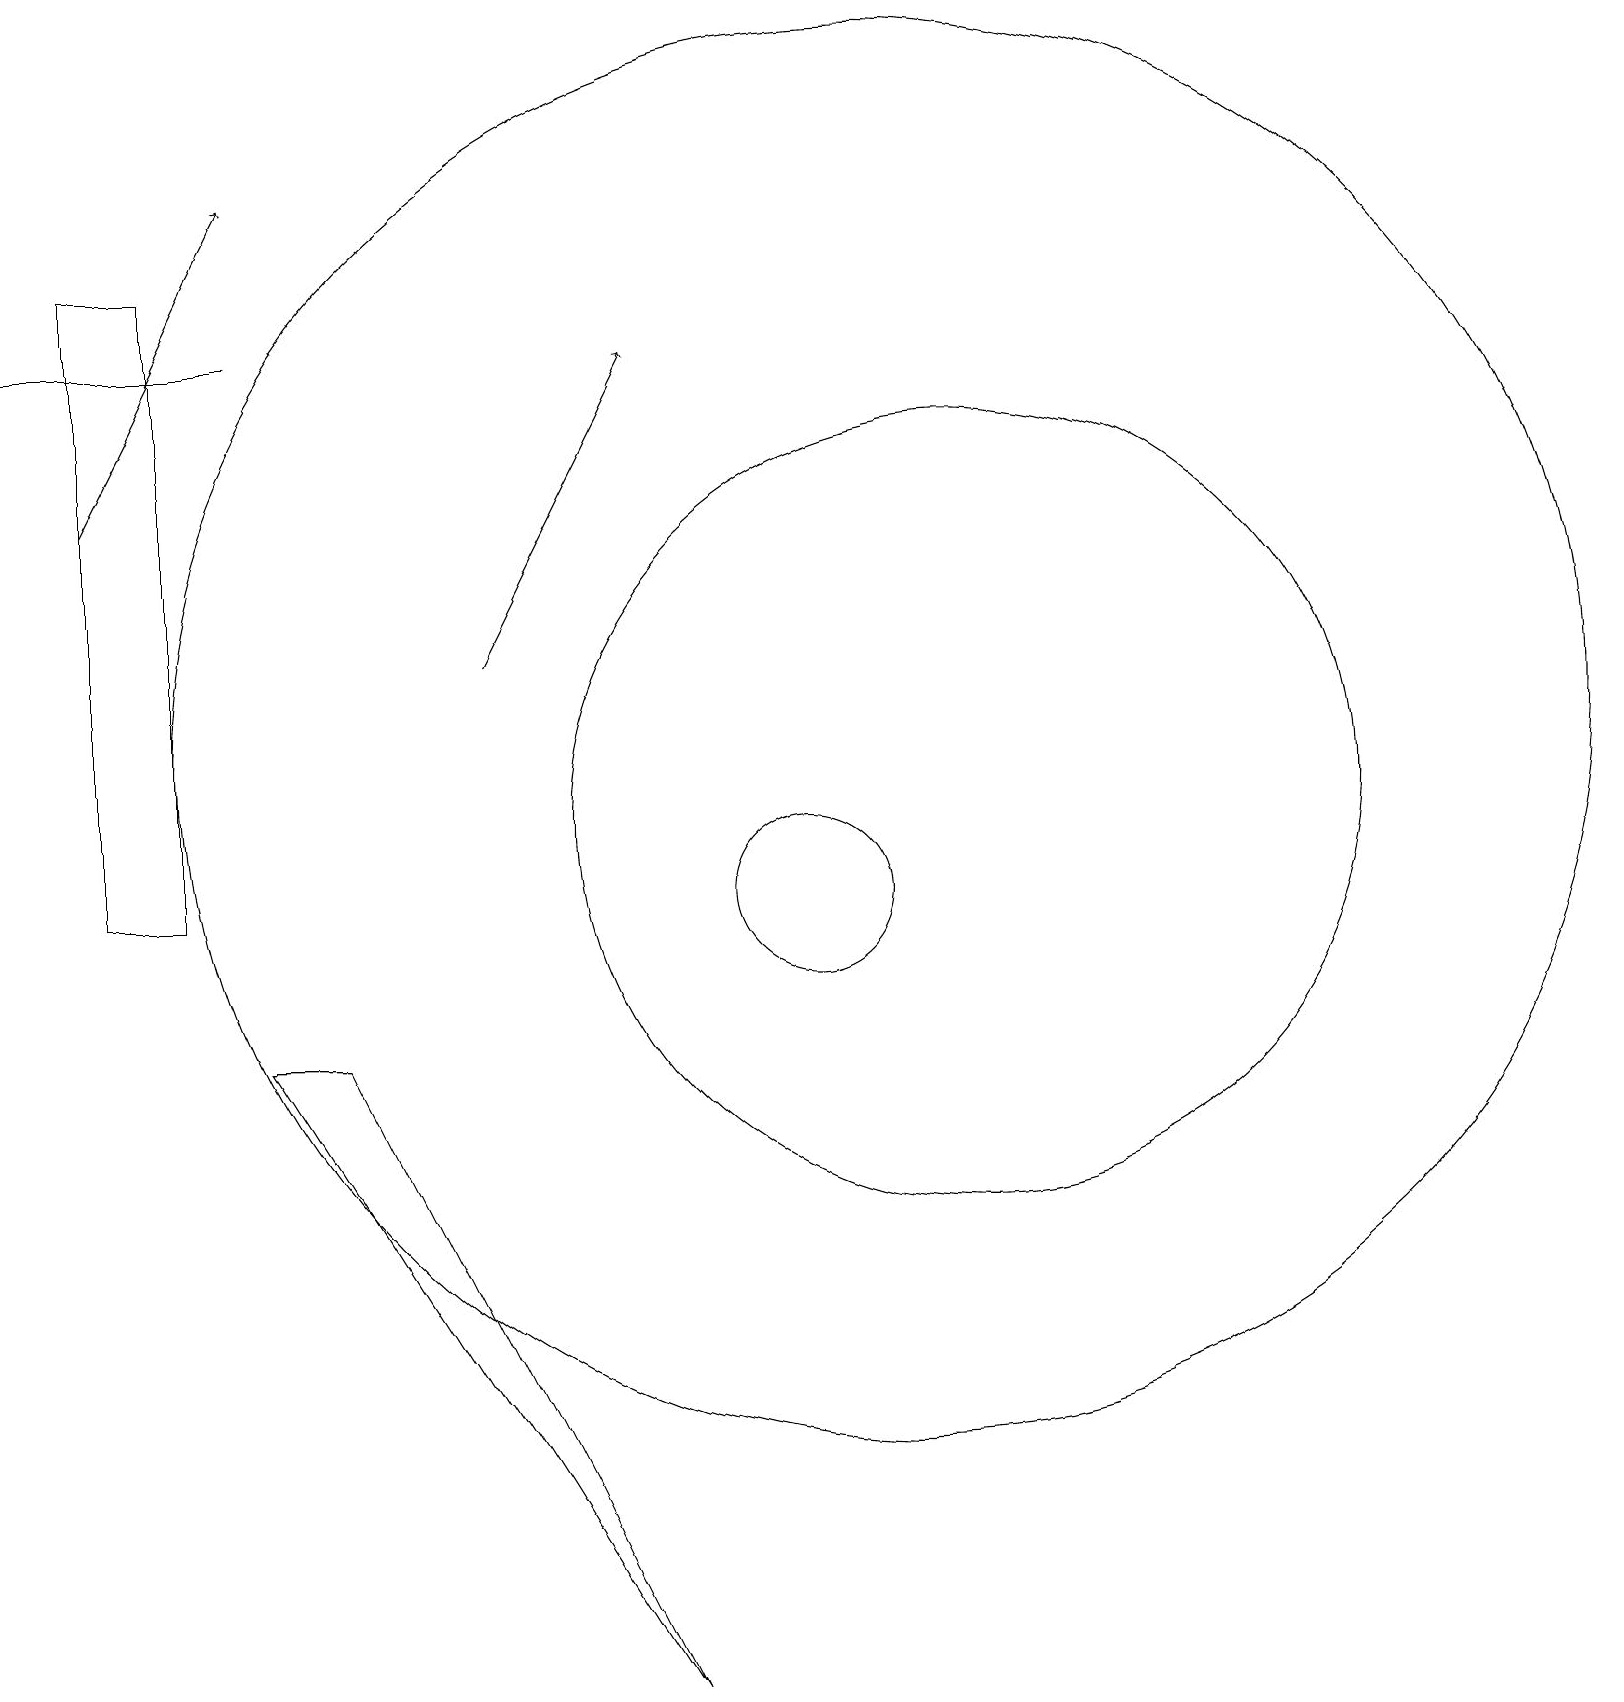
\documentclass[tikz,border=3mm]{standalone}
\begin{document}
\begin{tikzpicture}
\draw[->] (1,15) -- (3,19);
\draw (10,10) circle (1);
\draw (12,11) circle (5);
\draw (2,10) rectangle (1,18);
\draw (3,17) rectangle (0,17);
\draw (3,8) -- (8,0) -- (4,8) -- cycle;
\draw[->] (6,13) -- (8,17);
\draw (11,12) circle (9);
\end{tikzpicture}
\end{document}